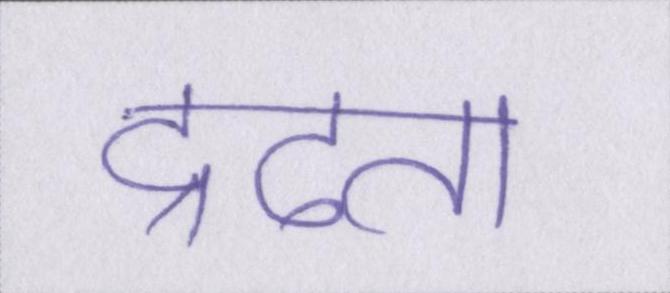
द्रढता